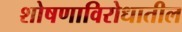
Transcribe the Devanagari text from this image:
शोषणाविरोधातील